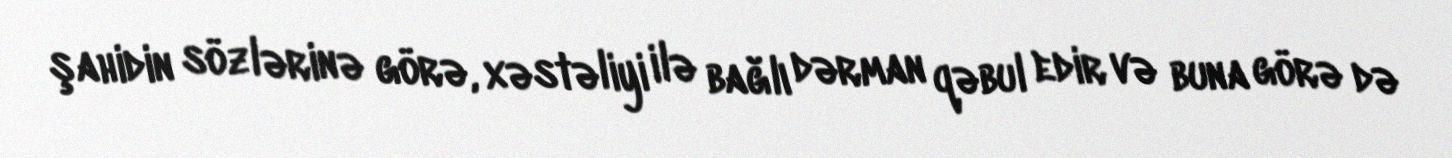
şahidin sözlərinə görə, xəstəliyi ilə bağlı dərman qəbul edir və buna görə də